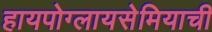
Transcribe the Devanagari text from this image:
हायपोग्लायसेमियाची